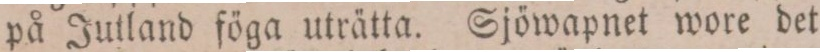
på Juland föga uträtta. Sjöwapnet wore det